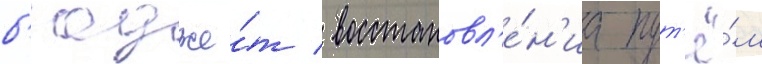
б'юдже́т / восстановл'е́н'иа пут'ё́м